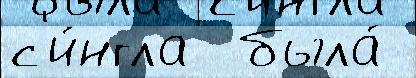
с'и́нгла  была́